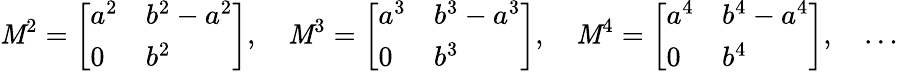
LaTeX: \mathit{M}^{2}={\left[\begin{array}{ll}{a^{2}}&{b^{2}-a^{2}}\\ {0}&{b^{2}}\end{array}\right]},\quad\mathit{M}^{3}={\left[\begin{array}{ll}{a^{3}}&{b^{3}-a^{3}}\\ {0}&{b^{3}}\end{array}\right]},\quad\mathit{M}^{4}={\left[\begin{array}{ll}{a^{4}}&{b^{4}-a^{4}}\\ {0}&{b^{4}}\end{array}\right]},\quad\ldots